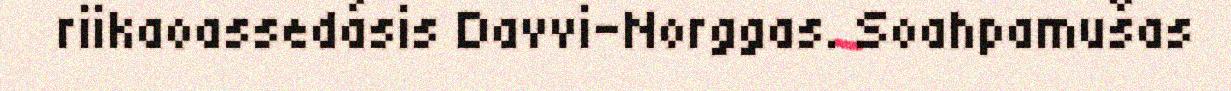
riikaoassedásis Davvi-Norggas. Soahpamušas